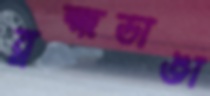
ব্রহ্মডাঙা